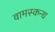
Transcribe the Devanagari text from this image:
वामस्कन्ध